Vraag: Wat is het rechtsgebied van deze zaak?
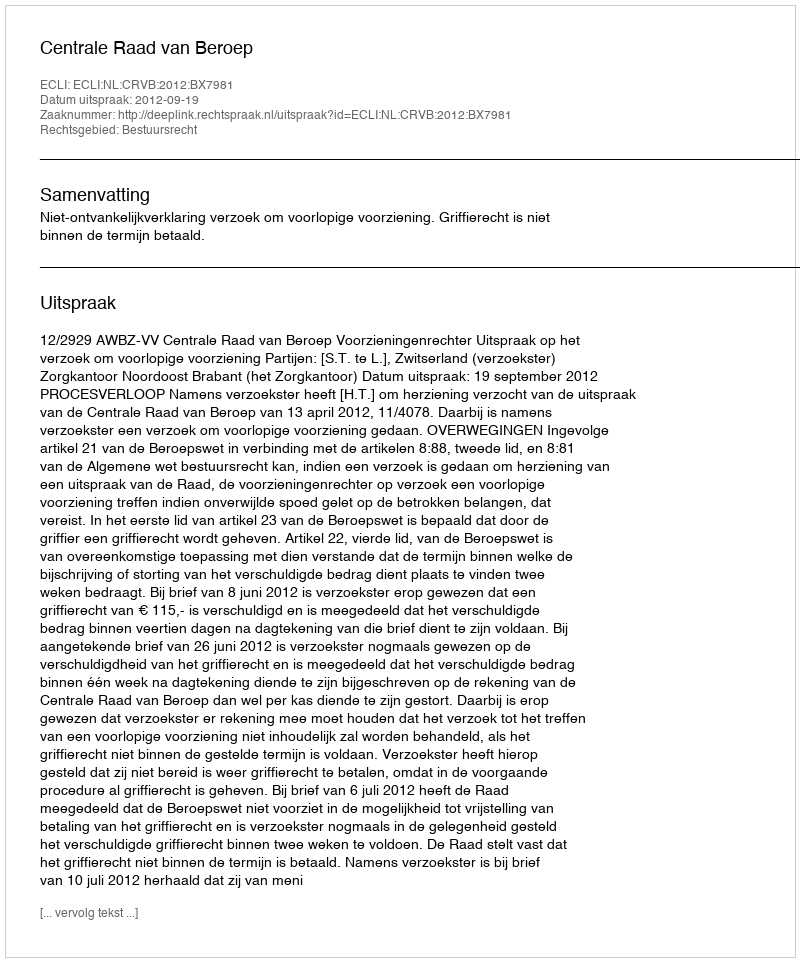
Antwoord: Bestuursrecht